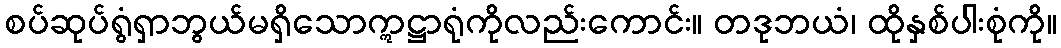
စပ်ဆုပ်ရွံရှာဘွယ်မရှိသောဣဋ္ဌာရုံကိုလည်းကောင်း။ တဒုဘယံ၊ ထိုနှစ်ပါးစုံကို။